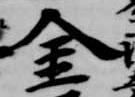
金